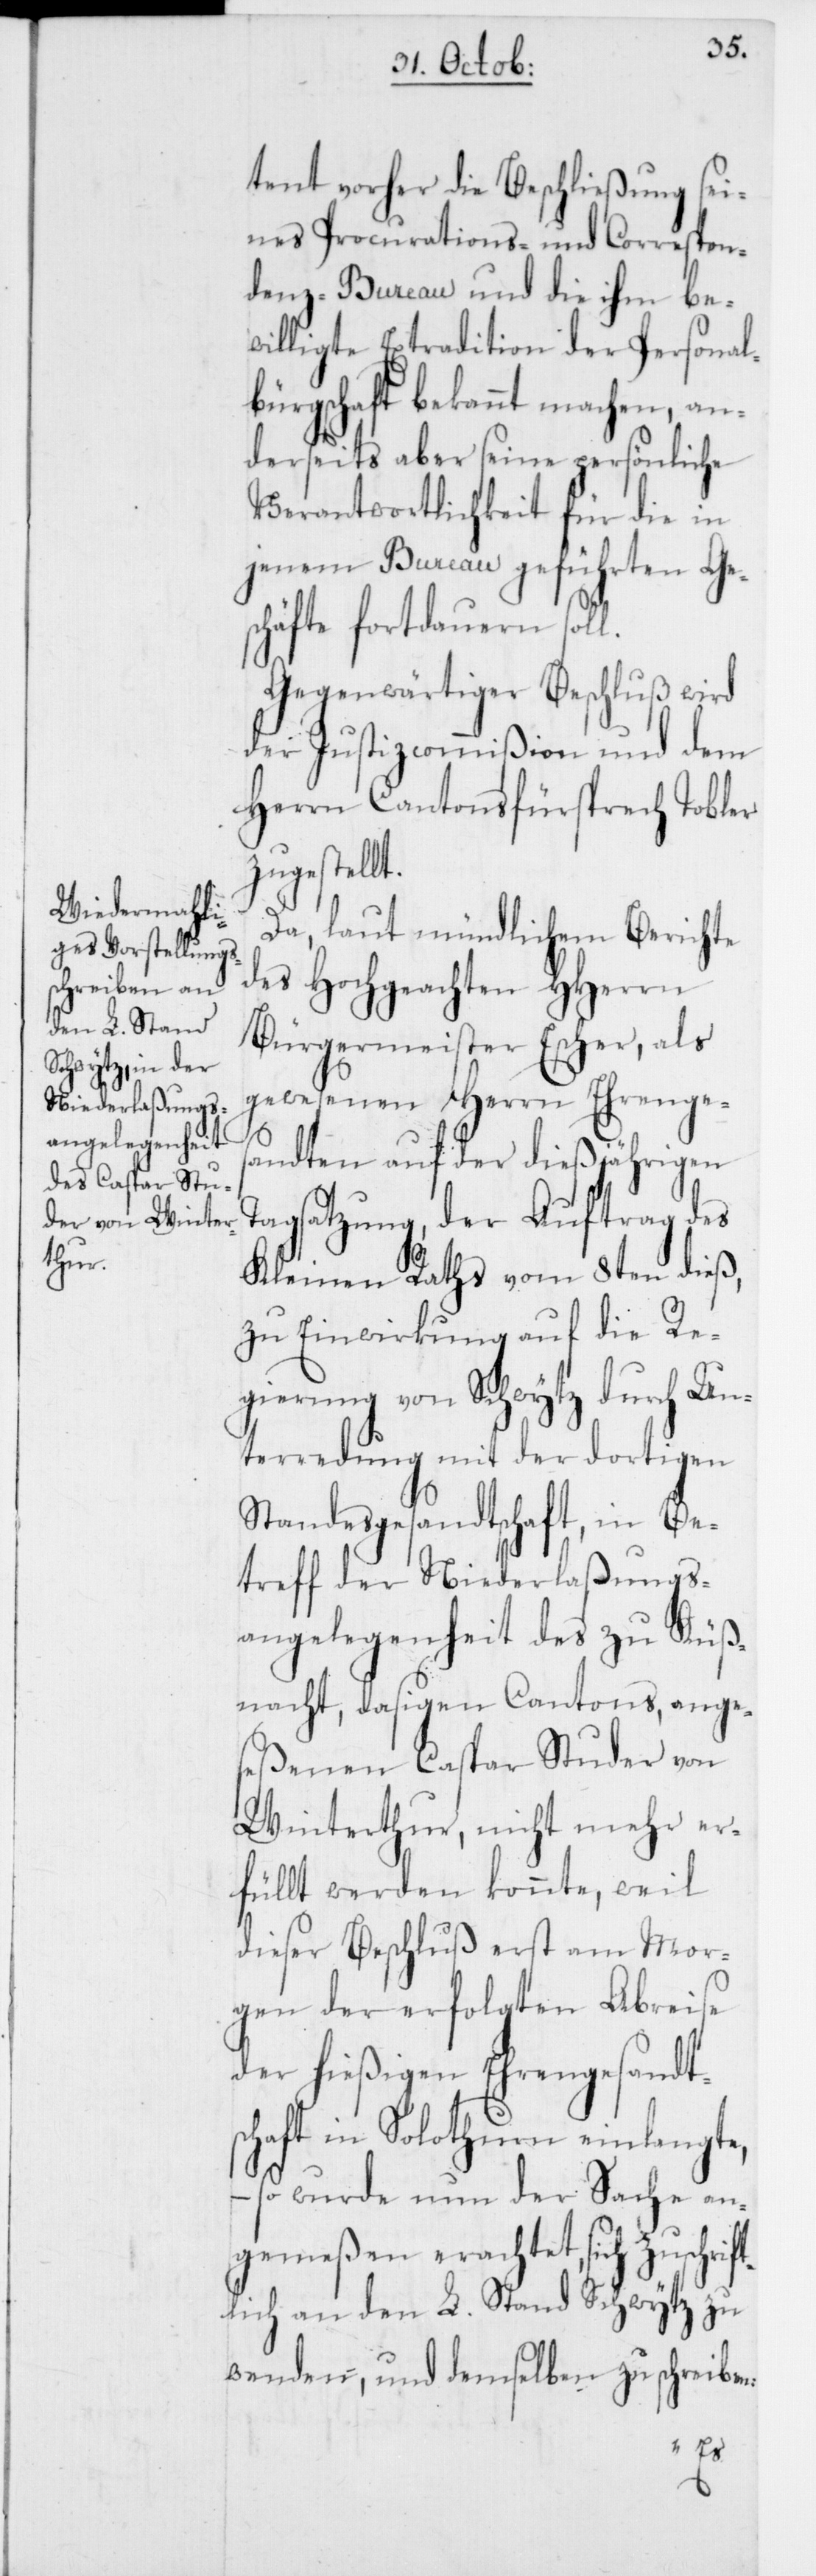
tent vorher die Beschließung sei¬
nes Procurations- und Correspon¬
denz-Bureau und die ihm be¬
willigte Extradition der Personal¬
bürgschaft bekannt machen, an¬
derseits aber seine persönliche
Verantwortlichkeit für die in
jenem Bureau geführten Ge¬
schäfte fortdauern soll.
Gegenwärtiger Beschluß wird
der Justizcommißion und dem
Herrn Cantonsfürsprech Tobler
zugestellt.
Da, laut mündlichem Berichte
des Hochgeachten HHerrn
Bürgermeister Escher, als
gewesenen Herrn Ehrenges¬
andten auf der dießjährigen
Tagsatzung, der Auftrag des
Kleinen Raths vom 8ten dieß,
zu Einwirkung auf die Re¬
gierung von Schwytz durch Un¬
terredung mit der dortigen
Standesgesandtschaft, in Be¬
treff der Niederlaßungs¬
angelegenheit des zu Küß¬
nacht, dasigen Cantons, ange¬
seßenen Caspar Studer von
Winterthur, nicht mehr er¬
füllt werden konnte, weil
dieser Beschluß erst am Mor¬
gen der erfolgten Abreise
der hießigen Ehrengesandt¬
schaft in Solothurn einlangte,
– so wurde nun der Sache an¬
gemeßen erachtet, sich zuschri¬
lich an den L. Stand Schwytz zu
wenden, und demselben zu schreiben:
ft¬